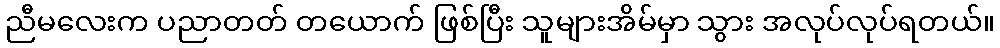
ညီမလေးက ပညာတတ် တယောက် ဖြစ်ပြီး သူများအိမ်မှာ သွား အလုပ်လုပ်ရတယ်။